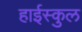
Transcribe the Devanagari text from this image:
हाईस्कुल